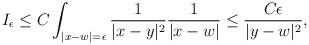
LaTeX: \begin{align*} I_{\epsilon} \leq C \int_{|x-w|=\epsilon} \frac{1}{|x-y|^2} \frac{1}{|x-w|}\leq \frac{C\epsilon}{|y-w|^2},\end{align*}